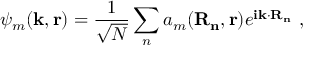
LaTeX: \psi _ { m } \mathbf { ( k , r ) } = { \frac { 1 } { \sqrt { N } } } \sum _ { n } { a _ { m } \mathbf { ( R _ { n } , r ) } } e ^ { \mathbf { i k \cdot R _ { n } } } \ ,